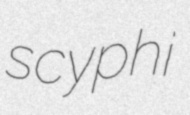
scyphi